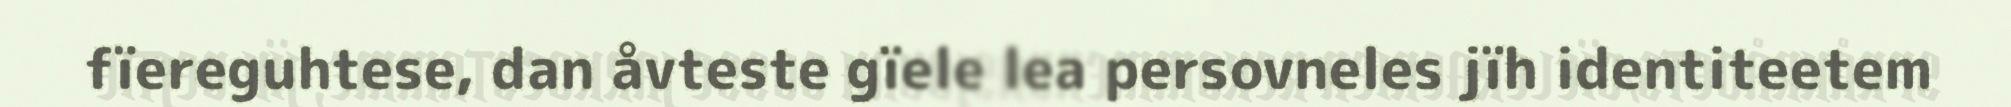
fïereguhtese, dan åvteste gïele lea persovneles jïh identiteetem